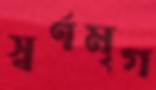
স্বর্ণমৃগ